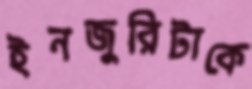
ইনজুরিটাকে